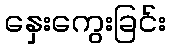
နှေးကွေးခြင်း